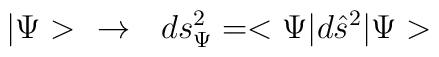
|\Psi> \ \ \rightarrow \ \ ds^2_\Psi = <\Psi| d\hat s^2 | \Psi>